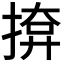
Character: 𭡢